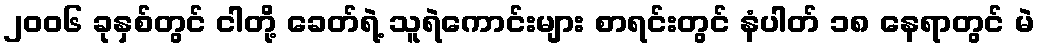
၂၀၀၆ ခုနှစ်တွင် ငါတို့ ခေတ်ရဲ့ သူရဲကောင်းများ စာရင်းတွင် နံပါတ် ၁၈ နေရာတွင် မဲ